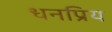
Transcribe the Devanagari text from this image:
धनप्रिय